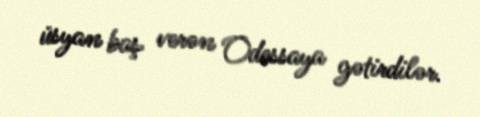
üsyan baş verən Odessaya gətirdilər.